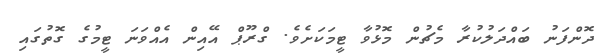
ދޮންފަނު ބައްދަލުކުރާ މެޗުން މޮޅުވާ ޓީމަކަށެވެ. ގްރޫޕް އޭއިން އެއްވަނަ ޓީމުގެ ގޮތުގައި